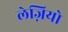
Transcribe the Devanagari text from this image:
लेज़ियो